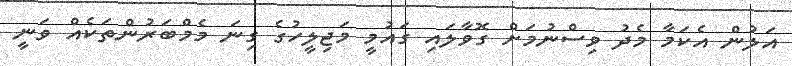
އަލުން އެކަމާ މެދު ވިސްނުމަށް ގޮވާލައި ގައުމީ މަޖިލީހުގެ ގިނަ މެމްބަރުންތަކެއް ވަނީ